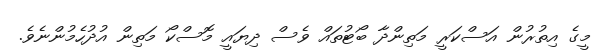
މީގެ އިތުރުން އަސްކަރީ މަތިންދާ ބޯޓުތައް ވެސް ދިޔައީ މޮސްކޯ މަތިން އުދުހެމުންނެވެ.